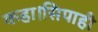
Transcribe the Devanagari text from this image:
कहा।सिपाही